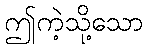
ဤကဲ့သို့သော